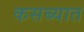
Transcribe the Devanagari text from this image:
कसब्यात